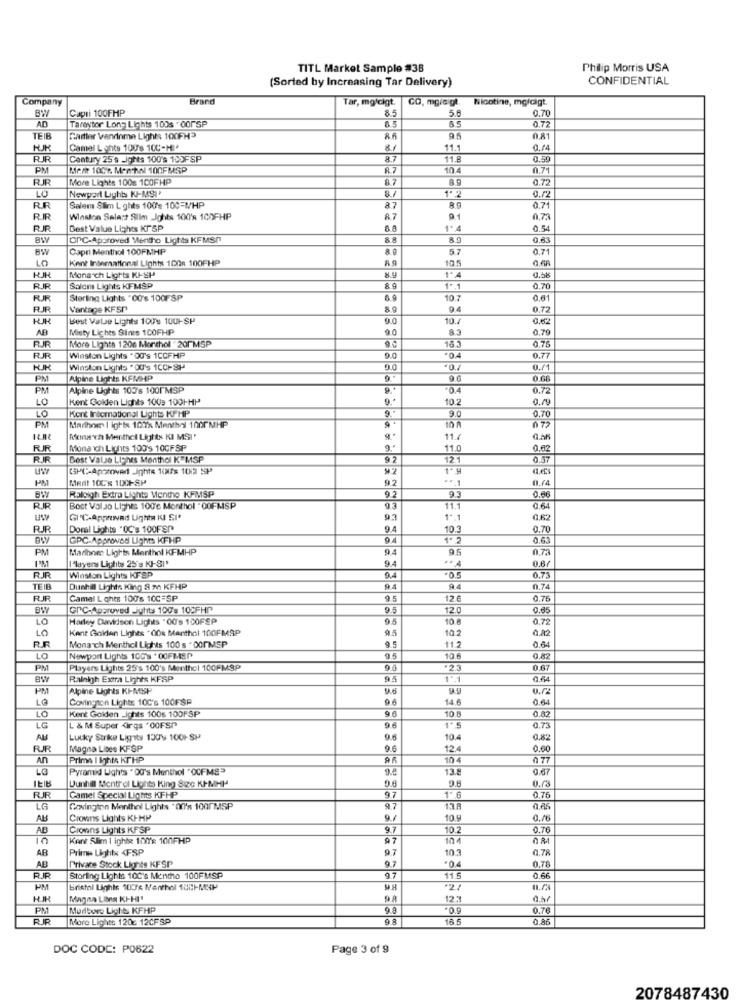
TITL Market Sample #38
Philip Morris USA
(Sorted by Increasing Tar Delivery)
CONFIDENTIAL
Company
Brand
Tar, mgfcigt.
CO, mgicigt.
Nicotine, mgldigt.
BW
Capri 100FMP
85
5.6
0.70
AD
0.72
Tareytor Long Lights 100s . COM"SP
TEIB
Gartler Vandoma Lights 100FH>
0.81
Camel L ants 100's 10C-HI*
11.1
0.74
RJR
Century 25 s _ights 100's 100FSP
8.7
118
0.59
PM
Mere 100%. Men til 100FMSP
A7
10.4
0.71
RUR
More Lights 100% 1COFHP
8.9
0.72
LO
Newport Lights KJ-MSI
1. 2
RR
Salem Slim L ghts 100's 100-MHP
87
0.71
RR
Winston Sele:+ Silm Jghts 100's 100FHP
AZ
0,73
Best Value Lighes KISP
0.5
BW
CPC-Approved Mentho Lights KFMS/
80
0.63
BW
Capri Menthol 100FMHP
57
0.71
LO
Kent Inimational Light 1008 100FHP
10.5
Monarch Lights KI-SP
RJR
Salom Lights KFMSP
1º.1
0.70
PUR
Sterling Lights " 00's 100F SP
10.7
0,61
RUR
Vantage KFSP
94
0.77
Best Vale Lights 100's 1001-SP
9.0
10.4
0.62
AB
Misty Lichts Sinis 100FHP
0.79
RJR
More Lights 1206 Marthol - 201 MSP
90
18.3
0.75
Winston Lights "00's 1CCFHP
9.0
0.77
Winston Lights "00's 1CCH8H
9.0
PM
Alpine Lights KFMHP
96
PM
Alpine Lights 100's 1001MSP
.04
0.72
LO
Kent Golden Lights 100s 1001-HP
10.2
0.19
Kont International Lights KPHP
9.0
0.70
PM
LO
072
Maribor | ights 107% Menthal 1000MHP
10 A
Kona ch Menthol Lights KI MSI '
11.4
RUR
Mona ich Lichts 100's 10GFSP
9
11.0
0.62
RR
Best ValJe LISMes Menthol KEMSP
92
12.1
0.57
GH-Approved Ights 10Fs 100 SP
PM
Mert 10C's 100-SP
92
0.66
Raleigh Extra Lights Menthe KFMSP
92
9.3
RIR
Boct Vol Jo Liches 100℃ Monthol "00FMSP
93
11.
0,64
GI 'C-Approved Lights KU SI*
9.3
1 *.
0.62
RUR
Doral Lights "OC's 100FSP
9.4
10.3
0.70
GPC-Approved Lights KFHP
0.63
PM
Marine Lights Menthol KFMHP
0.73
I'layers Lights 25's KI-SI'
9.4
0.67
RIR
Winston Lights KFSP
0.73
Dushil Lights King & m KFHP
0.7
RJR
Camel L ghts 100's 10C =SP
12€
0.75
BW
GDC-Approved ights 100's 102FHP
9.5
12.0
LO
Harley Davidson Lights .00's 100FEP
10 €
0.72
LO
Kent Golden Lights "00x Menthol 100FMSP
94
10.2
0.82
RF
9.5
0.64
Monarch Menthol Lights 100 s . 00PMSP
LO
Newport Lights 100's * OOFMSP
95
10.6
0,82
PM
Players Lights 25's 100's Menthol 100FMSP
0.67
Raleigh Extra Lights KFSP
9.5
1º.1
0.64
PM
Alpine Lights KI-MSI
Covington Lights 100's 100FSP
9.6
14 6
0.64
Kent Golden _ights 100s 100FSP
9 0
10.8
0.82
LO
LG
L & M Super dirgs "OOFSP"
9.6
0.73
AU
Lucky Strike Lights 130% 1001-SP
9.6
10.4
0.82
RJR
Magna Lines KFSP
9.6
124
0.60
An
Prims I Ights KTHP
104
0 77
Pyramid Lights "OG's Menthol "OCFMS"
9.4
13.5
0.57
0.73
Dunhil Mentrel Lights King Sec KI-MHH
97
RJR
Camel Special Lights KFHP
1* G
0.75
LG
Covington Menthol Lights " 00's 1000MSP
97
13.8
0.85
AL
Crowns Lights KI-HP
10.0
AB
Crowns Lights KFSP
9.7
10.
0.70
10
Kent Slim I ights 100': 100FHP
07
104
AB
Prime Lights 4FSP
9.7
10.3
0.78
AB
9.7
Privace Stock Lights KFSP
Storting Lights 10C's Mentho 100FMSP
9.7
11.5
0.6%
Bristol Lights 100's Menthol 1001-MXP
Magna Ling KI-HI"
12.3
PM
Murbure Light KFHP
9.9
0.76
RR
More Lights 120c 12CF SP
18
0.86
DOC CODE: P0622
Page 3 of 9
2078487430